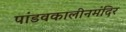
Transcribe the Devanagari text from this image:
पांडवकालीनमंदिर